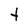
Character: Y